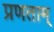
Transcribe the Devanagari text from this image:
प्रणताम्